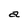
Character: a